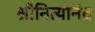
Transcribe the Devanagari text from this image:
श्रीनित्यानंद